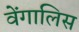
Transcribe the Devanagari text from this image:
वेंगालिस